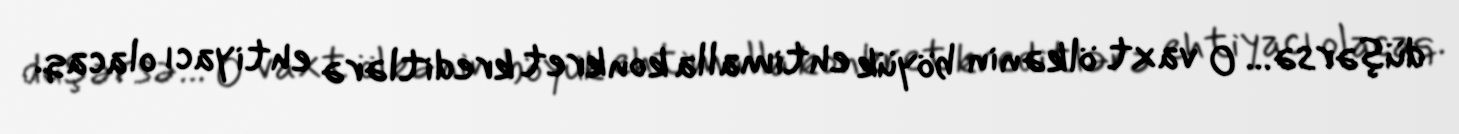
düşərsə... O vaxt ölkənin böyük ehtimalla konkret kreditlərə ehtiyacı olacaq.